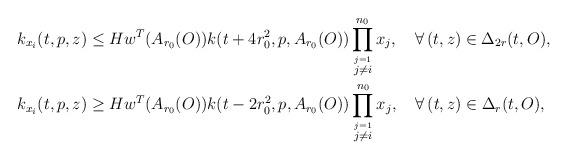
LaTeX: \begin{align*}k_{x_i}(t,p,z) &\leq H w^T(A_{r_0}(O)) k(t+4r_0^2,p, A_{r_0}(O)) \prod_{\stackrel{j=1}{j\neq i}}^{n_0} x_j,\quad\forall\, (t,z)\in\Delta_{2r}(t,O),\\k_{x_i}(t,p,z) &\geq H w^T(A_{r_0}(O)) k(t-2r_0^2,p, A_{r_0}(O)) \prod_{\stackrel{j=1}{j\neq i}}^{n_0} x_j,\quad\forall\, (t,z)\in\Delta_{r}(t,O),\end{align*}